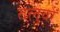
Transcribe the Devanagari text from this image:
तलुवों